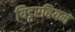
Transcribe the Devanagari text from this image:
यिट्टरबियम